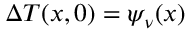
\Delta { T } ( x , 0 ) = \psi _ { \nu } ( x )